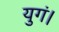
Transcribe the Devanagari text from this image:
युगं।